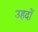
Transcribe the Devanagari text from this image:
उहदों